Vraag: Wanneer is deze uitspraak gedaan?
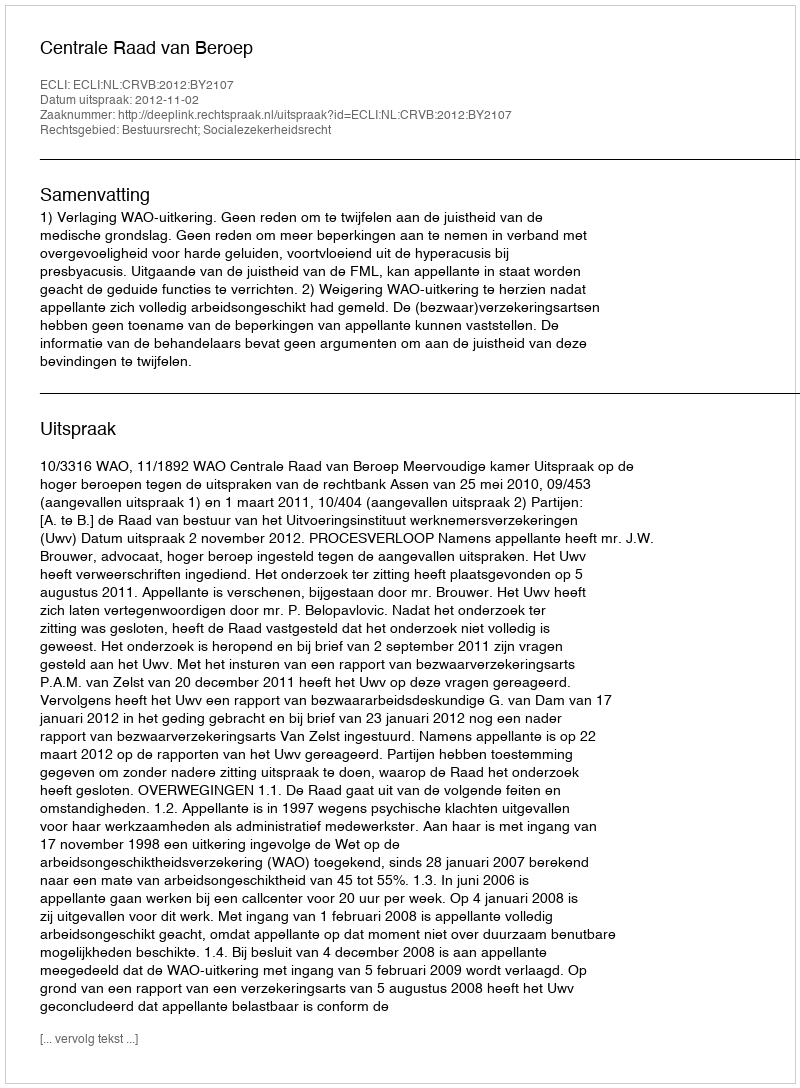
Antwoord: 2012-11-02